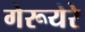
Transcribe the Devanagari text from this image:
गेरूयेरे